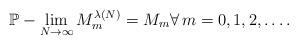
LaTeX: \begin{gather*}\mathbb{P}-\lim_{N\rightarrow\infty}{M^{\lambda(N)}_m} = M_m \forall \, m = 0, 1, 2, \dots.\end{gather*}